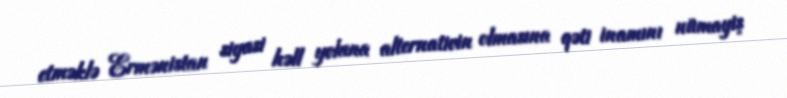
etməklə Ermənistan siyasi həll yoluna alternativin olmasına qəti inamını nümayiş